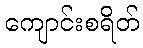
ကျောင်းစရိတ်